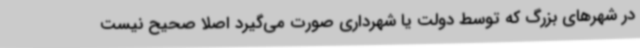
در شهرهای بزرگ که توسط دولت یا شهرداری صورت می‌گیرد اصلا صحیح نیست